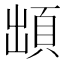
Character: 䪼